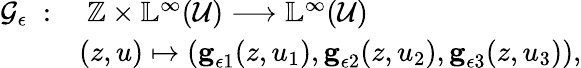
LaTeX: \begin{array}{rl}{\mathcal{G}_{\epsilon}\; :}&{\; \mathbb{Z}\times\mathbb{L}^{\infty}(\mathcal{U})\longrightarrow\mathbb{L}^{\infty}(\mathcal{U})}\\ &{(z,u)\mapsto(\textbf{g}_{\epsilon 1}(z,u_{1}),\textbf{g}_{\epsilon 2}(z,u_{2}),\textbf{g}_{\epsilon 3}(z,u_{3})),}\end{array}